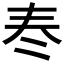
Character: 𡗫